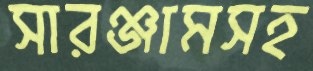
সারঞ্জামসহ